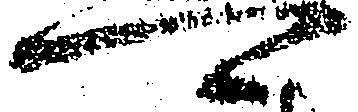
可